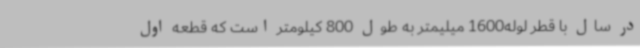
در سال با قطر لوله1600 میلیمتر به طول 800 کیلومتر است که قطعه اول